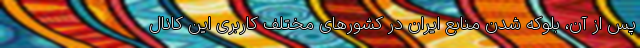
پس از آن، بلوکه شدن منابع ایران در کشورهای مختلف کاربری این کانال